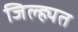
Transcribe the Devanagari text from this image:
जिल्ह्यत